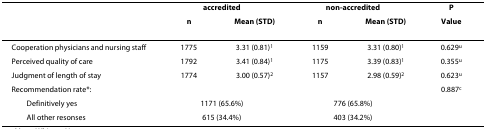
<table><thead><tr><td></td><td colspan="2"><b>accredited</b></td><td colspan="2"><b>non-accredited</b></td><td><b>P</b></td></tr><tr><td></td><td><b>n</b></td><td><b>Mean (STD)</b></td><td><b>n</b></td><td><b>Mean (STD)</b></td><td><b>Value</b></td></tr></thead><tbody><tr><td>Cooperation physicians and nursing staff</td><td>1775</td><td>3.31 (0.81)<sup>1</sup></td><td>1159</td><td>3.31 (0.80)<sup>1</sup></td><td>0.629<sup>u</sup></td></tr><tr><td>Perceived quality of care</td><td>1792</td><td>3.41 (0.84)<sup>1</sup></td><td>1175</td><td>3.39 (0.83)<sup>1</sup></td><td>0.355<sup>u</sup></td></tr><tr><td>Judgment of length of stay</td><td>1774</td><td>3.00 (0.57)<sup>2</sup></td><td>1157</td><td>2.98 (0.59)<sup>2</sup></td><td>0.623<sup>u</sup></td></tr><tr><td>Recommendation rate*:</td><td></td><td></td><td></td><td></td><td>0.887<sup>c</sup></td></tr><tr><td> Definitively yes</td><td colspan="2">1171 (65.6%)</td><td colspan="2">776 (65.8%)</td><td></td></tr><tr><td> All other resonses</td><td colspan="2">615 (34.4%)</td><td colspan="2">403 (34.2%)</td><td></td></tr></tbody></table>